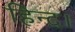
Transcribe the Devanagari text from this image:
हिन्द।